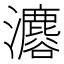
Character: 𤄟